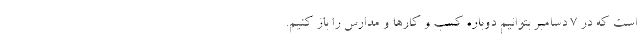
است که در 7 دسامبر بتوانیم دوباره کسب و کارها و مدارس را باز کنیم.